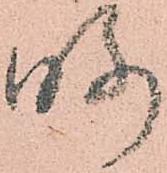
略